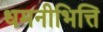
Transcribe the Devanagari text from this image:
धमनीभित्ति